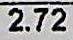
2.72